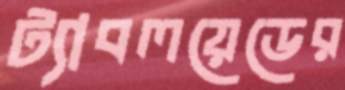
ট্যাবলয়েডের